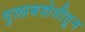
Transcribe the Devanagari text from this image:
गुलाबशेतीतून